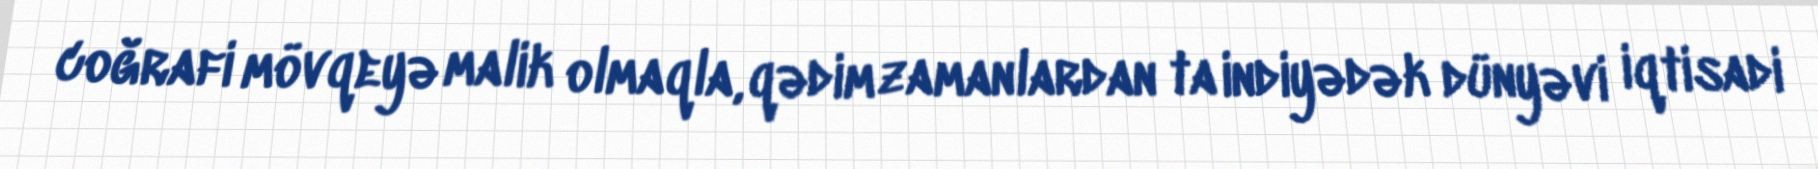
coğrafi mövqeyə malik olmaqla, qədim zamanlardan ta indiyədək dünyəvi iqtisadi